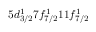
5 d _ { 3 / 2 } ^ { 1 } 7 f _ { 7 / 2 } ^ { 1 } 1 1 f _ { 7 / 2 } ^ { 1 }